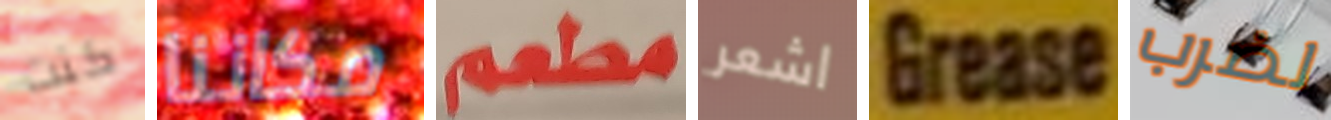
كنت مكاننا مطعم اشعر Grease لضرب